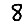
Digit: 8